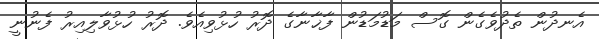
އެނދުން ތެދުވެގެން ގޮސް މަޑުމަޑުން ފާޚާނާގެ ދޮރު ހުޅުވިއެވެ. ދޮރު ހުޅުވާލިއިރު ފެނުނީ